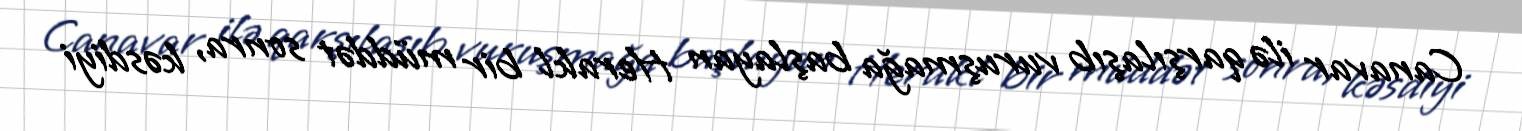
Canavar ilə qarşılaşıb vuruşmağa başlayan Herakl bir müddət sonra, kəsdiyi